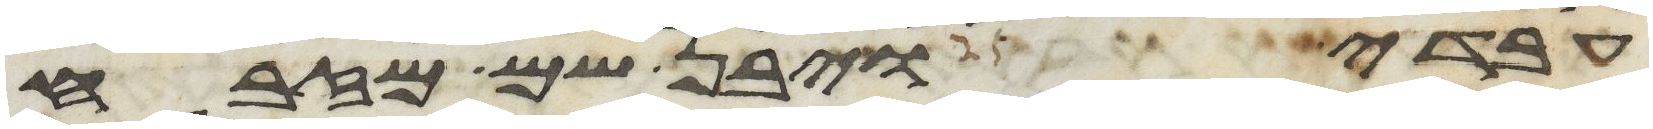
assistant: עבדי ויבן שם מזבח